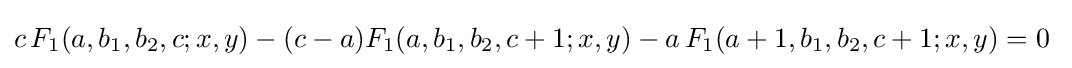
c\,F_{1}(a,b_{1},b_{2},c;x,y)-(c-a)F_{1}(a,b_{1},b_{2},c+1;x,y)-a\,F_{1}(a+1,b_{1},b_{2},c+1;x,y)=0~